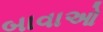
બાવાઓ